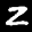
Label: 2